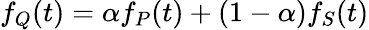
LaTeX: f_{Q}(t)=\alpha f_{P}(t)+(1-\alpha)f_{S}(t)